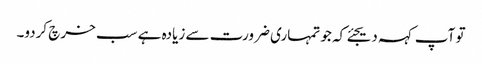
تو آپ کہہ دیجئے کہ جو تمہاری ضرورت سے زیادہ ہے سب خرچ کردو۔